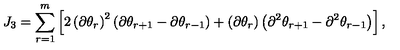
J _ { 3 } = \sum _ { r = 1 } ^ { m } \left[ 2 \left( \partial \theta _ { r } \right) ^ { 2 } \left( \partial \theta _ { r + 1 } - \partial \theta _ { r - 1 } \right) + \left( \partial \theta _ { r } \right) \left( \partial ^ { 2 } \theta _ { r + 1 } - \partial ^ { 2 } \theta _ { r - 1 } \right) \right] ,